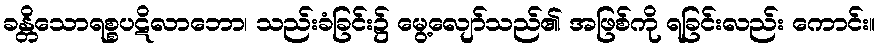
ခန္တိသောရစ္စပဋိလာဘော၊ သည်းခံခြင်း၌ မွေ့လျော်သည်၏ အဖြစ်ကို ရခြင်းလည်း ကောင်း။